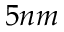
5 n m